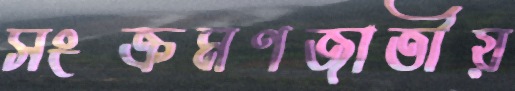
সংক্রমণজাতীয়